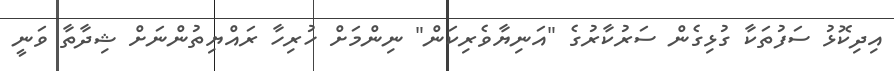
އިދިކޮޅު ސަފުތަކާ ގުޅިގެން ސަރުކާރުގެ "އަނިޔާވެރިކަން" ނިންމަށް ހުރިހާ ރައްޔިތުންނަށް ޝިދާތާ ވަނީ